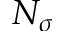
N _ { \sigma }